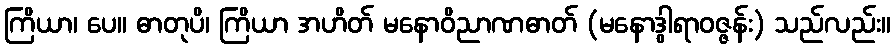
ကြိယာ၊ ပေ။ ဓာတုပိ၊ ကြိယာ အဟိတ် မနောဝိညာဏဓာတ် (မနောဒွါရာဝဇ္ဇန်း) သည်လည်း။